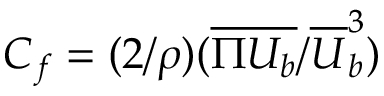
C _ { f } = ( { 2 } / { \rho } ) ( { \overline { { \Pi U _ { b } } } } / { \overline { { U } } _ { b } ^ { 3 } } )